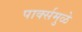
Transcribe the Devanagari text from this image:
पार्क्समुळे